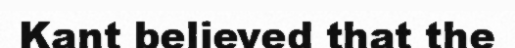
Kant believed that the